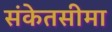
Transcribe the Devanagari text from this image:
संकेतसीमा